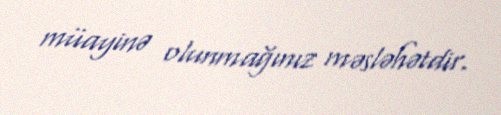
müayinə olunmağınız məsləhətdir.